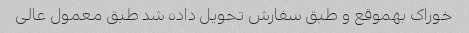
خوراک بهموقع و طبق سفارش تحویل داده شد طبق معمول عالی